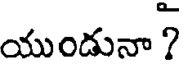
యుండునా ?